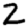
Digit: 2